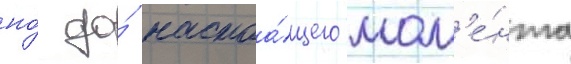
но́ до́ настоа́щего мом'е́нта